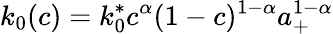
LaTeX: k_{0}(c)=k_{0}^{*}c^{\alpha}(1-c)^{1-\alpha}a_{+}^{1-\alpha}